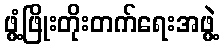
ဖွံ့ဖြိုးတိုးတက်ရေးအဖွဲ့